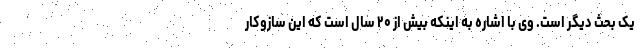
یک بحث دیگر است. وی با اشاره به اینکه بیش از ۲۰ سال است که این سازوکار